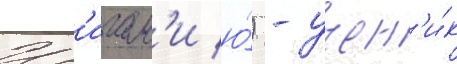
Ис'игам'и ю́) - учен'и́к